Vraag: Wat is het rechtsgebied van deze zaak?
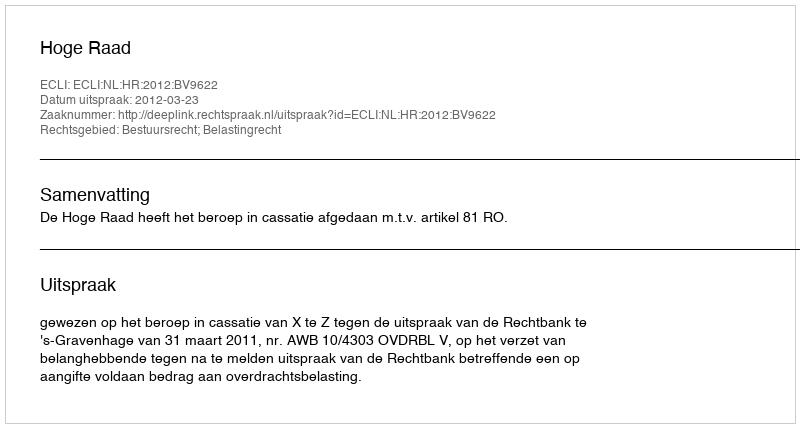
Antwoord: Bestuursrecht; Belastingrecht